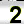
Digit: 2